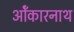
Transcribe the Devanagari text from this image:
ओँकारनाथ